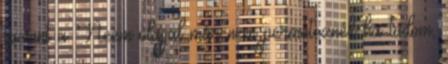
szerint a Neem olajjal már nem permeteznék ha tudom,